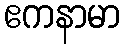
ဧကနာမာ